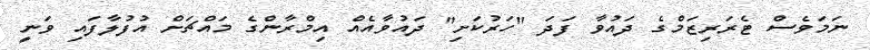
ނަމަވެސް ޓެރަރިޒަމްގެ ދައުވާ ފަދަ "ހަރުކަށި" ދައުވާއެއް އިމްރާންގެ މައްޗަށް އުފުލާފައި ވަނީ